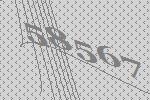
58567